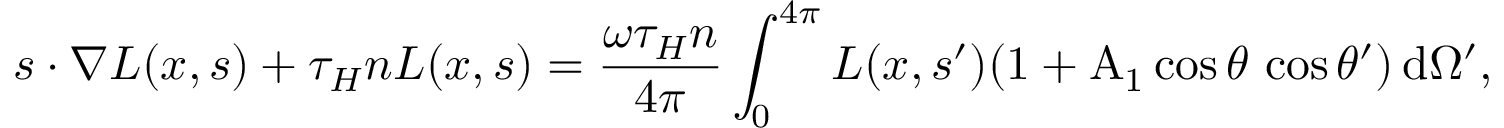
{ \ensuremath { \boldsymbol } s } \ensuremath { \boldsymbol \cdot } \ensuremath { \boldsymbol \nabla } L ( { \ensuremath { \boldsymbol } x } , { \ensuremath { \boldsymbol } s } ) + \tau _ { H } n L ( { \ensuremath { \boldsymbol } x } , { \ensuremath { \boldsymbol } s } ) = \frac { \omega \tau _ { H } n } { 4 \pi } \int _ { 0 } ^ { 4 \pi } L ( { \ensuremath { \boldsymbol } x } , { \ensuremath { \boldsymbol } s } ^ { \prime } ) ( 1 + \mathrm { A _ { 1 } } \cos \theta \, \cos \theta ^ { \prime } ) \, \ensuremath { \mathrm { d } } \Omega ^ { \prime } ,